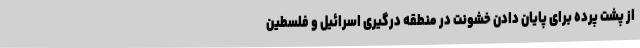
از پشت پرده‌ برای پایان دادن خشونت در منطقه درگیری اسرائیل و فلسطین